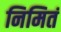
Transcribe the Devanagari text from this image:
निमितं